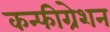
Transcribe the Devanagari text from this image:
कन्फीग्रेशन